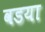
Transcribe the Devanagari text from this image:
वडया